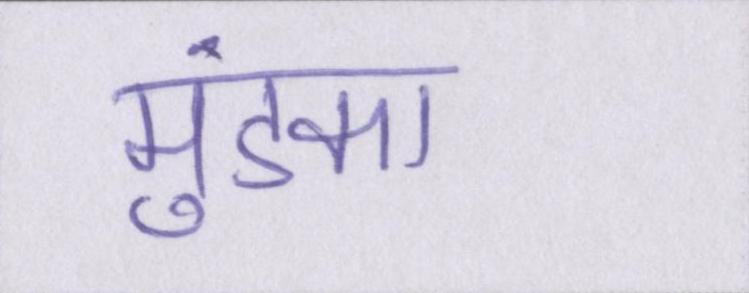
मुंडका